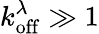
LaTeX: k_{\mathrm{off}}^{\lambda}\gg 1